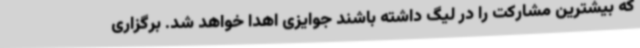
که بیشترین مشارکت را در لیگ داشته باشند جوایزی اهدا خواهد شد. برگزاری